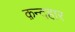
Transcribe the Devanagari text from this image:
क़न्दहार